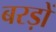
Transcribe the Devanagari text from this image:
बरड़ों